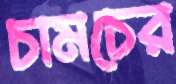
চামচের